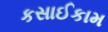
કસાઈકામ